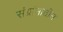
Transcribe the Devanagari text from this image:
संग्रांमातील